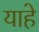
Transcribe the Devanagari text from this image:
याहे